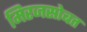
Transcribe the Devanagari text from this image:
मिरजसोबत